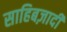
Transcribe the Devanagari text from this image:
साहिबज़ादी